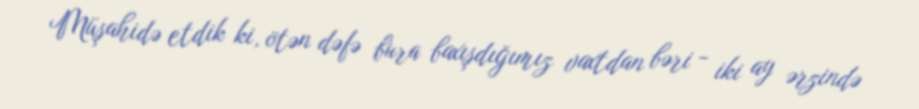
Müşahidə etdik ki, ötən dəfə bura baxışdığımız vaxtdan bəri - iki ay ərzində